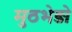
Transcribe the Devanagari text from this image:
मुठभेड़ो